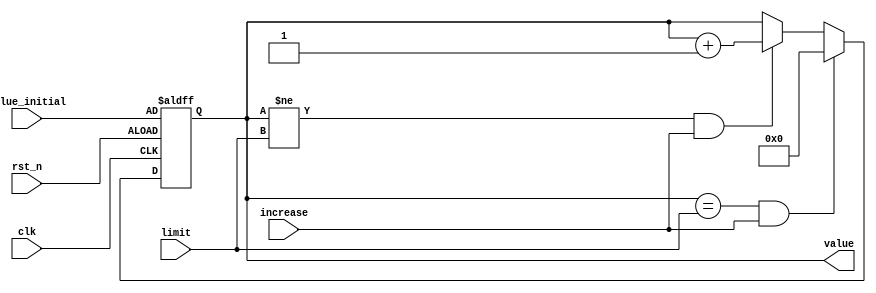
`timescale 1ns / 1ps
//////////////////////////////////////////////////////////////////////////////////
// Company: 
// Engineer: 
// 
// Design Name: 
// Module Name: Up_counter_2
// Project Name: 
// Target Devices: 
// Tool Versions: 
// Description: 
// 
// Dependencies: 
// 
// Revision:
// Revision 0.01 - File Created
// Additional Comments:
// 
//////////////////////////////////////////////////////////////////////////////////

module Up_counter_2(
    value,  //counter output
    value_initial,  //value after reset
    clk,    //global clock
    rst_n,  //active low reset
    increase,   //counter enable control
    limit   //limit for the counter
);
output [4:0] value;
input [4:0] value_initial;
input [4:0] limit;
input clk, rst_n, increase;
reg [4:0] value, value_tmp;

always @*
    if (value == limit && increase)
        value_tmp = 5'd0;
    else if (value != limit && increase)
        value_tmp = value + 5'd1;
    else
        value_tmp = value;

always @(posedge clk or negedge rst_n)
    if (~rst_n)
        value <= value_initial;
    else
        value <= value_tmp;
 
endmodule